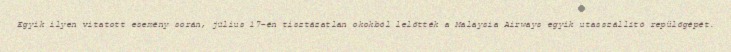
Egyik ilyen vitatott esemény során, július 17-én tisztázatlan okokból lelőtték a Malaysia Airways egyik utasszállító repülőgépét.